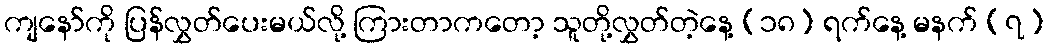
ကျနော်ကို ပြန်လွှတ်ပေးမယ်လို့ ကြားတာကတော့ သူတို့လွှတ်တဲ့နေ့ (၁၈) ရက်နေ့ မနက် (၇)